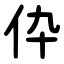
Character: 伜